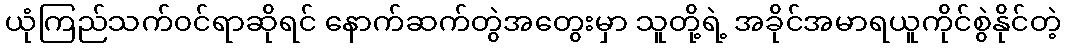
ယုံကြည်သက်၀င်ရာဆိုရင် နောက်ဆက်တွဲအတွေးမှာ သူတို့ရဲ့ အခိုင်အမာရယူကိုင်စွဲနိုင်တဲ့